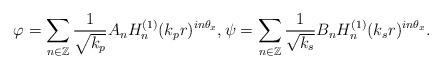
LaTeX: \begin{align*} \varphi = \sum_{n \in \mathbb{Z}} \frac{1}{\sqrt{k_p}} A_n H^{(1)}_n(k_p r)^{in\theta_x}, \psi = \sum_{n \in \mathbb{Z}} \frac{1}{\sqrt{k_s}} B_n H^{(1)}_n(k_s r)^{in\theta_x}. \end{align*}